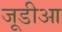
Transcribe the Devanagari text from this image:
जूडीआ